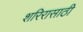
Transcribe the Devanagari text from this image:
शरिरासाठी